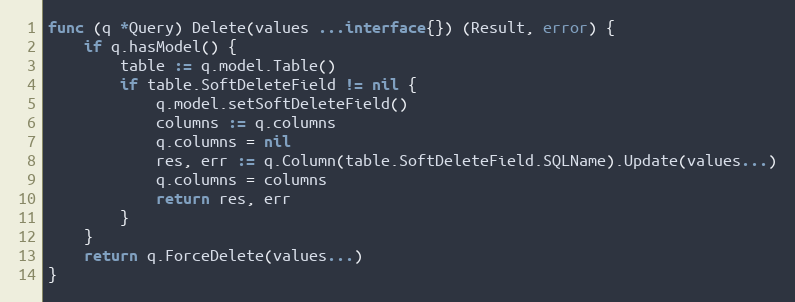
Language: Go
func (q *Query) Delete(values ...interface{}) (Result, error) {
	if q.hasModel() {
		table := q.model.Table()
		if table.SoftDeleteField != nil {
			q.model.setSoftDeleteField()
			columns := q.columns
			q.columns = nil
			res, err := q.Column(table.SoftDeleteField.SQLName).Update(values...)
			q.columns = columns
			return res, err
		}
	}
	return q.ForceDelete(values...)
}